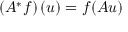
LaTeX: \left( A ^ { * } f \right) ( u ) = f ( A u )